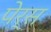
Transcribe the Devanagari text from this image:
पेर्स